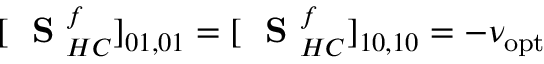
[ \mathrm { ~ \bf ~ S ~ } _ { H C } ^ { f } ] _ { 0 1 , 0 1 } = [ \mathrm { ~ \bf ~ S ~ } _ { H C } ^ { f } ] _ { 1 0 , 1 0 } = - \nu _ { \mathrm { o p t } }